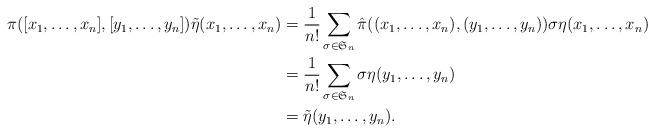
LaTeX: \begin{align*}\pi([x_1,\dots,x_n],[y_1,\dots,y_n])\tilde \eta(x_1,\dots,x_n)&= \frac 1{n!}\sum_{\sigma\in\mathfrak S_n} \hat\pi((x_1,\dots,x_n),(y_1,\dots,y_n))\sigma \eta(x_1,\dots, x_n)\\&=\frac 1{n!}\sum_{\sigma\in\mathfrak S_n} \sigma\eta(y_1,\dots,y_n)\\&=\tilde \eta(y_1,\dots,y_n).\end{align*}